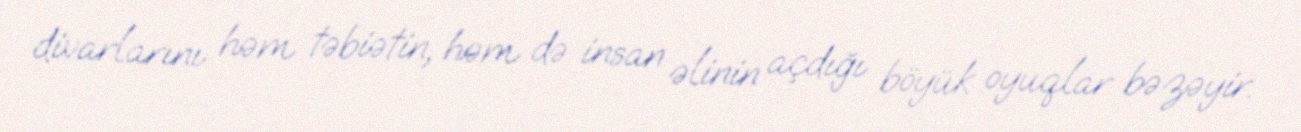
divarlarını həm təbiətin, həm də insan əlinin açdığı böyük oyuqlar bəzəyir.